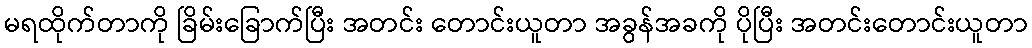
မရထိုက်တာကို ခြိမ်းခြောက်ပြီး အတင်း တောင်းယူတာ အခွန်အခကို ပိုပြီး အတင်းတောင်းယူတာ